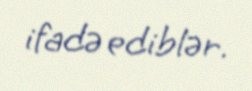
ifadə ediblər.